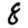
Digit: 8